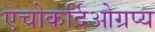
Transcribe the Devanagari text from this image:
एचोकर्दिओग्रप्य